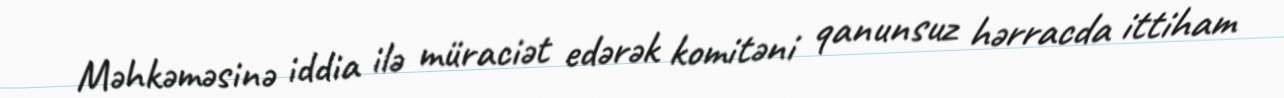
Məhkəməsinə iddia ilə müraciət edərək komitəni qanunsuz hərracda ittiham